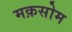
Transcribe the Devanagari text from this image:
मक़सोम